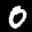
Label: 0